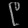
Digit: ၉